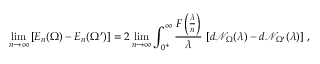
\operatorname* { l i m } _ { n \to \infty } \left[ E _ { n } ( \Omega ) - E _ { n } ( \Omega ^ { \prime } ) \right] = 2 \operatorname* { l i m } _ { n \to \infty } \int _ { 0 ^ { + } } ^ { \infty } \frac { F \left( \frac { \lambda } { n } \right) } { \lambda } \, \left[ d \mathcal { N } _ { \Omega } ( \lambda ) - d \mathcal { N } _ { \Omega ^ { \prime } } ( \lambda ) \right] \, ,